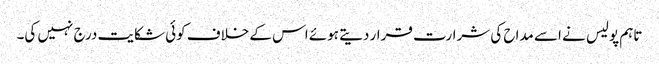
تاہم پولیس نے اسے مداح کی شرارت قرار دیتے ہوئے اس کے خلاف کوئی شکایت درج نہیں کی۔